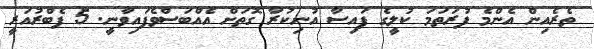
ތެރެއިން އެންމެ ފުރަތަމަ ކުލީގެ ފައިސާ އުނިކުރާ ގޮތަށް އެއްބަސްވެފައިވާނީ. 5 ފެބްރުއަރީ